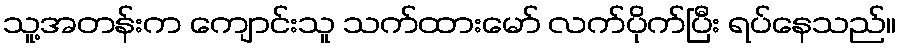
သူ့အတန်းက ကျောင်းသူ သက်ထားမော် လက်ပိုက်ပြီး ရပ်နေသည်။